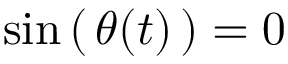
\sin \left( \, \theta ( t ) \, \right) = 0